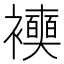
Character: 𧞲